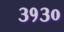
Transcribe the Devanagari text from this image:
३१३०